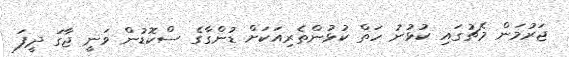
ޖަރުމަން މެޗުގައި ކުޅުނު ހަތް ކުޅުންތެރިއަކަށް ޑުންގާގެ ސްކޮޑުން ވަނީ ޖާގަ ދީފަ